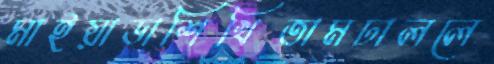
মাইয়াডাশিখিতামঢাললে